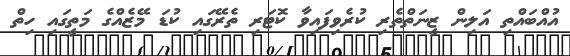
އުއްބައްތި އަލިން ޒީނަތްތެރި ކުރެވިފައިވާ ކޮޓަރި ތެރޭގައި ކުޑަ މޭޒެއްގެ މަތީގައި ހިތް